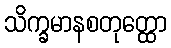
သိက္ခမာနစတုတ္ထော